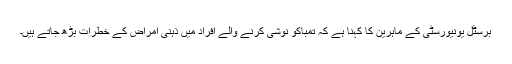
برسٹل یونیورسٹی کے ماہرین کا کہنا ہے کہ تمباکو نوشی کرنے والے افراد میں ذہنی امراض کے خطرات بڑھ جاتے ہیں۔